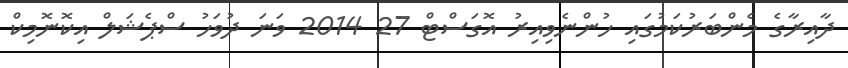
ދާއިރާގެ މެންބަރުކަމުގައި ހުންނެވިއިރު އޮގަސްޓް 27 2014 ވަނަ ދުވަހު ސްޕެޝަލް އިކޮނޮމިކް